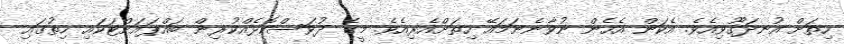
ހިތަށް އުނދަގޫވިއެވެ. އެކަން އެހެން ނުވާނެނަމައޭ ހިތަށްއެރިއެވެ. މީގެ ދުވަސްކޮޅެއްކުރިން ބައްޕައަށްޓަކައި ހިތުގައި